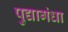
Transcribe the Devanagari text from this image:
पुद्यागंधा